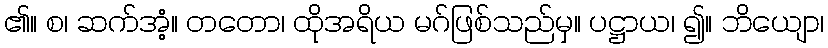
၏။ စ၊ ဆက်အံ့။ တတော၊ ထိုအရိယ မဂ်ဖြစ်သည်မှ။ ပဋ္ဌာယ၊ ၍။ ဘိယျော၊